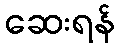
ဆေးရန်